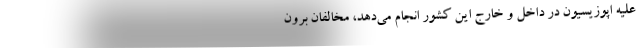
علیه اپوزیسیون در داخل و خارج این کشور انجام می‌دهد، مخالفان برون